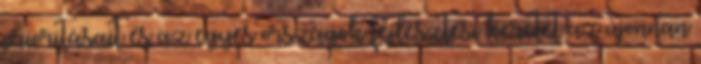
prioritásait és az egyes országok fejlesztési keretét az újonnan